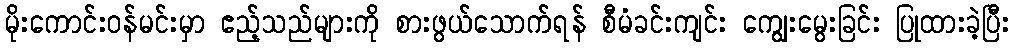
မိုးကောင်းဝန်မင်းမှာ ဧည့်သည်များကို စားဖွယ်သောက်ရန် စီမံခင်းကျင်း ကျွေးမွေးခြင်း ပြုထားခဲ့ပြီး